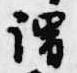
謂